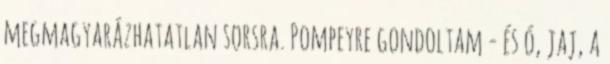
megmagyarázhatatlan sorsra. Pompeyre gondoltam - és ó, jaj, a